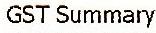
GST SUMMARY